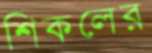
শিকলের